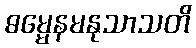
ဓမ္မေနမနုသာသတိ